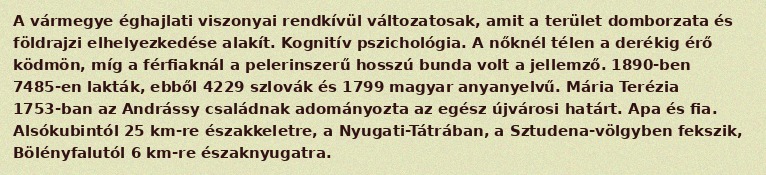
A vármegye éghajlati viszonyai rendkívül változatosak, amit a terület domborzata és földrajzi elhelyezkedése alakít. Kognitív pszichológia. A nőknél télen a derékig érő ködmön, míg a férfiaknál a pelerinszerű hosszú bunda volt a jellemző. 1890-ben 7485-en lakták, ebből 4229 szlovák és 1799 magyar anyanyelvű. Mária Terézia 1753-ban az Andrássy családnak adományozta az egész újvárosi határt. Apa és fia. Alsókubintól 25 km-re északkeletre, a Nyugati-Tátrában, a Sztudena-völgyben fekszik, Bölényfalutól 6 km-re északnyugatra.